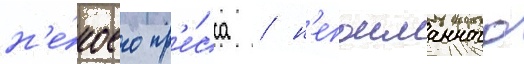
н'е́коего пр'е́сса / н'епоиманного